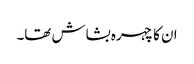
ان کا چہرہ بشاش تھا۔